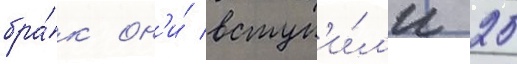
бра́к он'и́ вступ'и́л'и 25